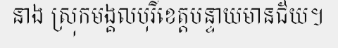
នាង ស្រុកមង្គលបុរីខេត្តបន្ទាយមានជ័យ។